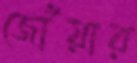
জোঁয়ার